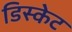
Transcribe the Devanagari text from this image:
डिस्केट